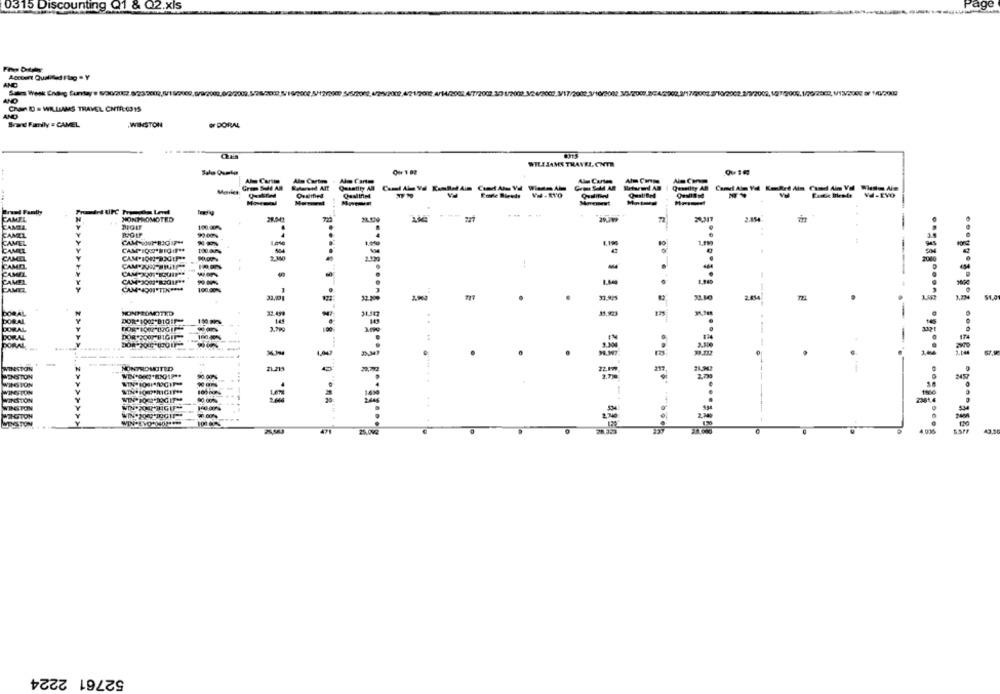
0315 Discounting Q1 & Q2.xls
AND
42002 4/7/2002 32 1/2002 32
Chan ID = WILLIAMS THAVEL CNTR:0315
Bad Family # CAMEL
WINSTON
#DORAL
WILLIAMS TRAVEL.CNTR
Ala Cartee
Grom SHE AB
i ........ ..... ..........
NONPROMOTED
72
2.81
100.00%
99:00%
CAM-JOPRIGIFY
--
3
100.00%
1
33.00g
.
2. 834
NONPROMOTED
31,923
. .
DOR-1002-01011-
PORAL
3.70
:
-
-
WINSTON
NONPROMOTED
MENSTON
90.00%
WINGTON
WINSTON
WINSTON
WINGSPON
STON
.............
52761 2224